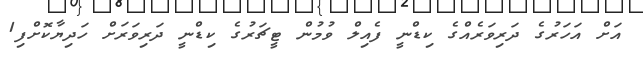
އަށް އަހަރުގެ ދަރިވަރެއްގެ ކިޑްނީ ފެއިލް ވުމުން ޓީޗަރުގެ ކިޑްނީ ދަރިވަރަށް ހަދިޔާކޮށްފި1